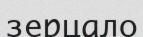
зерцало